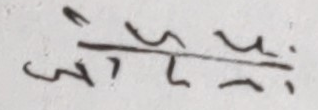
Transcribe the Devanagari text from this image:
ज्युँ/जाई